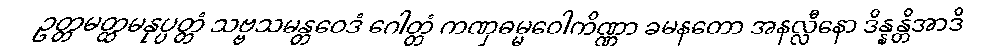
ဥတ္တမတ္ထမနုပ္ပတ္တံ သဗ္ဗသမန္တဝေဒံ ဂေါတ္တံ ကဏှဓမ္မဝေါကိဏ္ဏာ ခမနတော အနလ္လီနော ဒိန္နန္တိအာဒိ